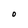
Character: 0